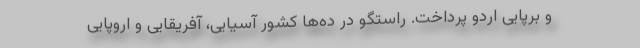
و برپایی اردو پرداخت. راستگو در ده‌ها کشور آسیایی، آفریقایی و اروپایی